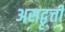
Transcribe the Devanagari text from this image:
असद्वृत्ती